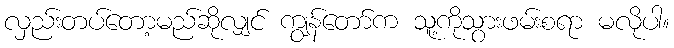
လှည်းတပ်တော့မည်ဆိုလျှင် ကျွန်တော်က သူ့ကိုသွားဖမ်းစရာ မလိုပါ။